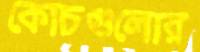
কোচগুলোর